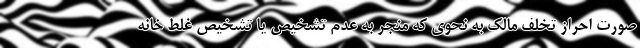
صورت احراز تخلف مالک به نحوی که منجر به عدم تشخیص یا تشخیص غلط خانه